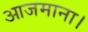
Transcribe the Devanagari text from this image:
आजमाना।